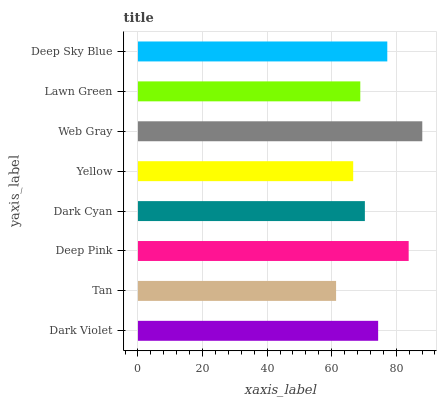
| yaxis_label | bars |
 | --- | --- |
 | Dark Violet | 74.4 |
 | Tan | 61.4 |
 | Deep Pink | 83.9 |
 | Dark Cyan | 70.3 |
 | Yellow | 66.7 |
 | Web Gray | 88.1 |
 | Lawn Green | 68.9 |
 | Deep Sky Blue | 77.2 |